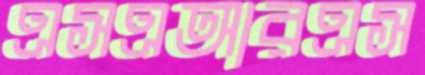
এসএআরএস